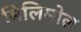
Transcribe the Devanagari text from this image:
मिलिमोल